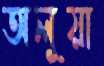
অলুয়া